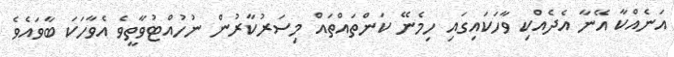
އަނެއްކާ އޭނާ އެދެއްކި ވާާހަކައިގައި ހިމެނޭ ކަންތައްތައް މިސަރުކާރުން ނުހުއްޓުވާތީވެ އެވާހަކަ ބާވައެވެ